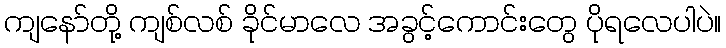
ကျနော်တို့ ကျစ်လစ် ခိုင်မာလေ အခွင့်ကောင်းတွေ ပိုရလေပါပဲ။